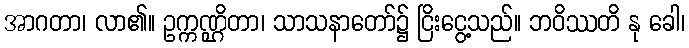
အာဂတာ၊ လာ၏။ ဥက္ကဏ္ဌိတာ၊ သာသနာတော်၌ ငြိးငွေ့သည်။ ဘဝိဿတိ နု ခေါ၊